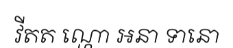
វីតត ណ្ហោ ឣនា ទានោ